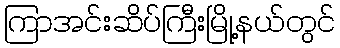
ကြာအင်းဆိပ်ကြီးမြို့နယ်တွင်